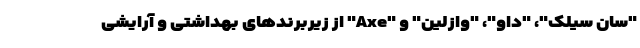
"سان سیلک"، "داو"، "وازلین" و "Axe" از زیربرندهای بهداشتی و آرایشی